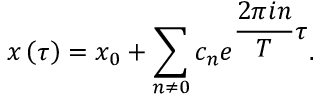
x \left( \tau \right) = x _ { 0 } + \sum _ { n \neq 0 } c _ { n } e ^ { \displaystyle \frac { 2 \pi i n } { T } \tau } .